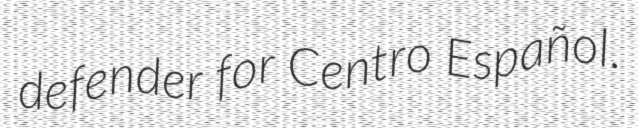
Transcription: defender for Centro Español.